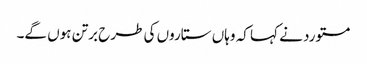
مستورد نے کہا کہ وہاں ستاروں کی طرح برتن ہوں گے۔